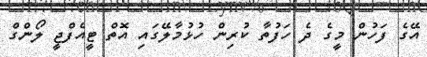
އޭގެ ފަހުން މީގެ ދެ ހަފުތާ ކުރިން ހުޅުމާލޭގައި އޮތް ޓީއެފްޖީ ލޯންގް